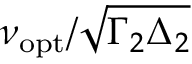
\nu _ { \mathrm { o p t } } / \sqrt { \Gamma _ { 2 } \Delta _ { 2 } }